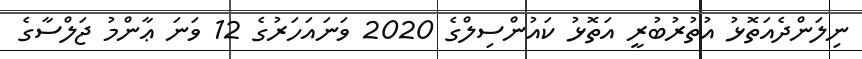
ނިލަންދެއަތޮޅު އުތުރުބުރީ އަތޮޅު ކައުންސިލްގެ 2020 ވަނައަހަރުގެ 12 ވަނަ ޢާންމު ޖަލްސާގެ